Lunatic asylums Punjab 1881-1894 - 1881-1894
Year: 1881
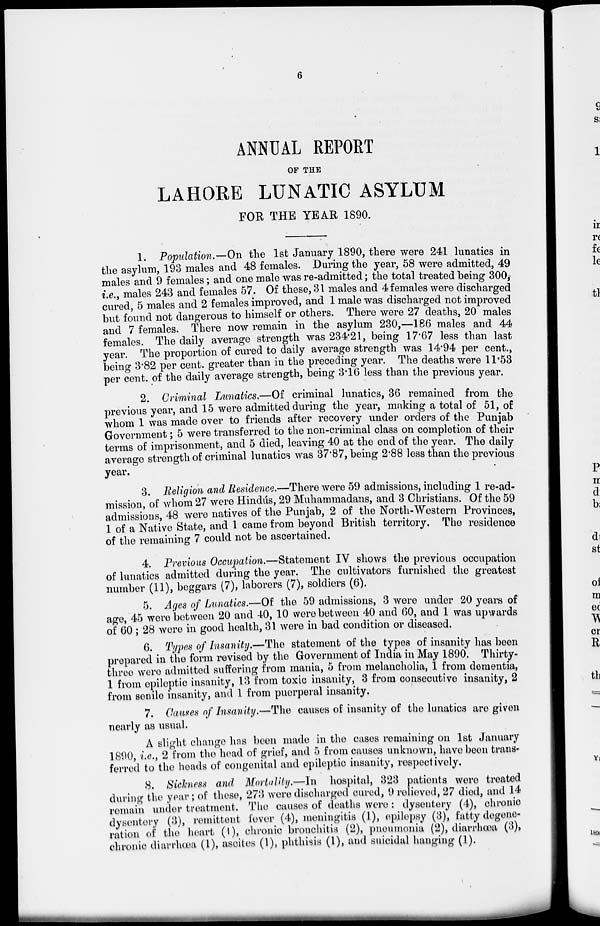
6
ANNUAL REPORT
OF THE
LAHORE LUNATIC ASYLUM
FOR THE YEAR 1890.
1. Population.—On the 1st January 1890, there were 241 lunatics in
the asylum, 193 males and 48 females. During the year, 58 were admitted, 49
males and 9 females; and one male was re-admitted; the total treated being 300,
i.e., males 243 and females 57. Of these, 31 males and 4 females were discharged
cured, 5 males and 2 females improved, and 1 male was discharged not improved
but found not dangerous to himself or others. There were 27 deaths, 20 males
and 7 females. There now remain in the asylum 230,—186 males and 44
females. The daily average strength was 234.21, being 17.67 less than last
year. The proportion of cured to daily average strength was 14.94 per cent.,
being 3.82 per cent. greater than in the preceding year. The deaths were 11.53
per cent. of the daily average strength, being 3.16 less than the previous year.
2. Criminal Lunatics.—Of criminal lunatics, 36 remained from the
previous year, and 15 were admitted during the year, making a total of 51, of
whom 1 was made over to friends after recovery under orders of the Punjab
Government; 5 were transferred to the non-criminal class on completion of their
terms of imprisonment, and 5 died, leaving 40 at the end of the year. The daily
average strength of criminal lunatics was 37.87, being 2.88 less than the previous
year.
3. Religion and Residence.—There were 59 admissions, including 1 re-ad-
mission, of whom 27 were Hindús, 29 Muhammadans, and 3 Christians. Of the 59
admissions, 48 were natives of the Punjab, 2 of the North-Western Provinces,
1 of a Native State, and 1 came from beyond British territory. The residence
of the remaining 7 could not be ascertained.
4. Previous Occupation.—Statement IV shows the previous occupation
of lunatics admitted during the year. The cultivators furnished the greatest
number (11), beggars (7), laborers (7), soldiers (6).
5. Ages of Lunatics.—Of the 59 admissions, 3 were under 20 years of
age, 45 were between 20 and 40, 10 were between 40 and 60, and 1 was upwards
of 60 ; 28 were in good health, 31 were in bad condition or diseased.
6. Types of Insanity.—The statement of the types of insanity has been
prepared in the form revised by the Government of India in May 1890. Thirty-
three were admitted suffering from mania, 5 from melancholia, 1 from dementia,
1 from epileptic insanity, 13 from toxic insanity, 3 from consecutive insanity, 2
from senile insanity, and 1 from puerperal insanity.
7. Causes of Insanity.—The causes of insanity of the lunatics are given
nearly as usual.
A slight change has been made in the cases remaining on 1st January
1890, i.e., 2 from the head of grief, and 5 from causes unknown, have been trans-
ferred to the heads of congenital and epileptic insanity, respectively.
8. Sickness and Mortality.—In hospital, 323 patients were treated
during the year; of these, 273 were discharged cured, 9 relieved, 27 died, and 14
remain under treatment. The causes of deaths were: dysentery (4), chronic
dysentery (3), remittent fever (4), meningitis (1), epilepsy (3), fatty degene-
ration of the heart (1), chronic bronchitis (2), pneumonia (2), diarrhœa (3),
chronic diarrhœa (1), ascites (1), phthisis (1), and suicidal hanging (1).